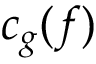
c _ { g } ( f )